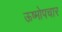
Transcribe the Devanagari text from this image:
ऊष्मोपचार